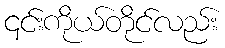
၎င်းကိုယ်တိုင်လည်း